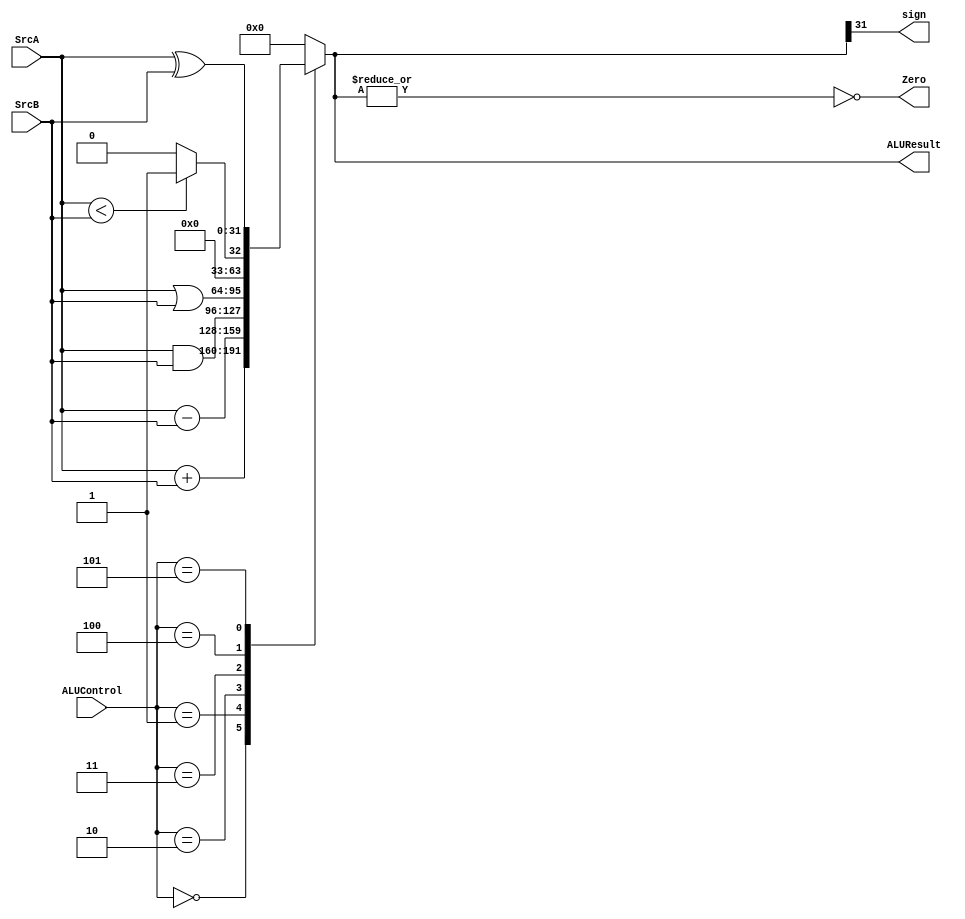
module alu(input [31:0] SrcA, SrcB, input [2:0] ALUControl, output reg[31:0] ALUResult, output Zero, sign);
	
	always @(SrcA, SrcB, ALUControl)begin
		ALUResult = 32'b0;
		case (ALUControl)
			3'b000 : ALUResult = SrcA + SrcB;
			3'b001 : ALUResult = SrcA - SrcB;
			3'b010 : ALUResult = SrcA & SrcB;
			3'b011 : ALUResult = SrcA | SrcB;
			3'b100 : ALUResult = (SrcA < SrcB) ? 32'b1 : 32'b0; // slt
			3'b101 : ALUResult = SrcA ^ SrcB;
			default : ALUResult = 32'b0;
		endcase

	end

	assign Zero = ~|ALUResult;
	assign sign = ALUResult[31];

endmodule